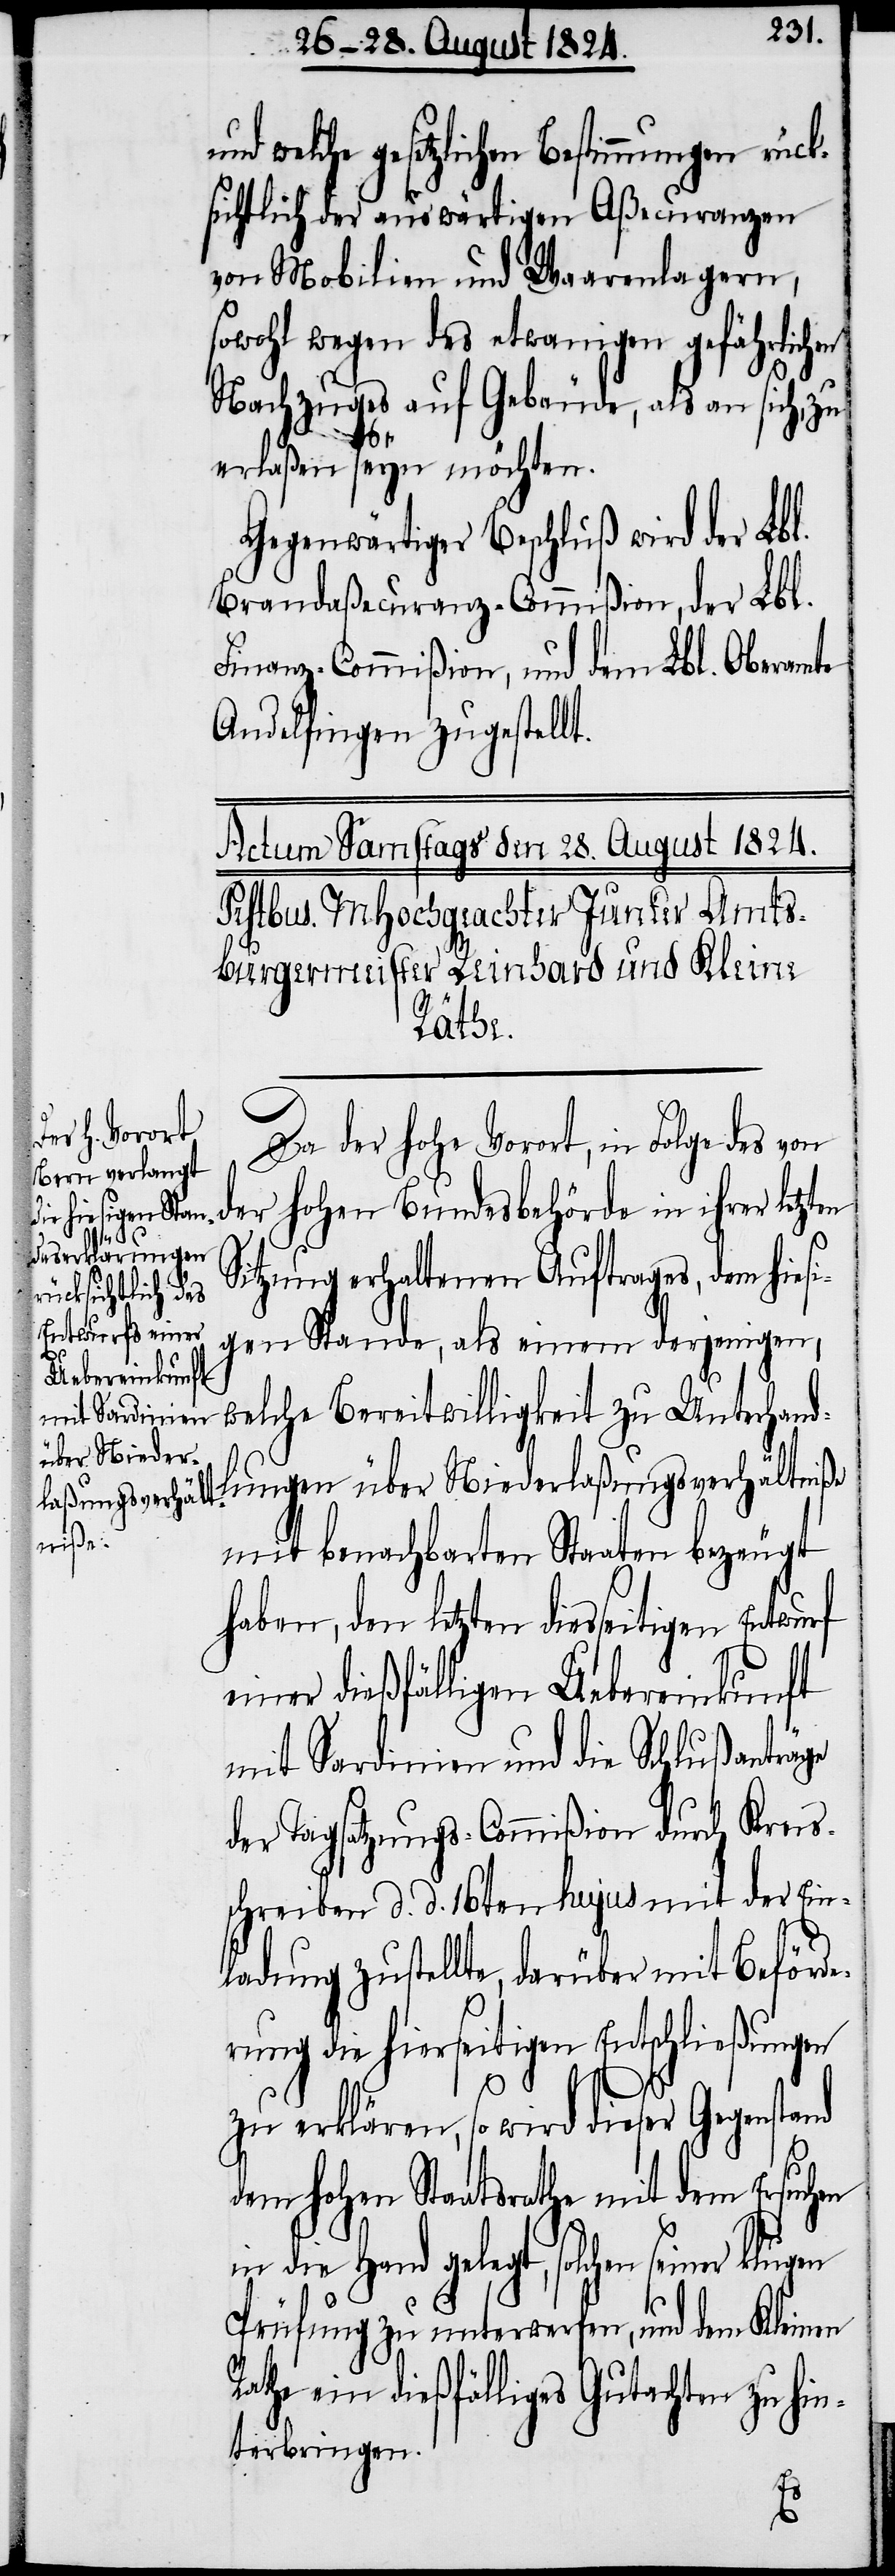
lche gesetzlichen Bestimmungen rück¬
sichtlich der auswärtigen Aßecuranzen
von Mobilien und Waarenlagern,
sowohl wegen des etwanigen gefährlichen
Nachzuges auf Gebäude, als an sich, zu
en
erlaßen seyn möchten.
Gegenwärtiger Beschluß wird der Lbl.
Brandaßecuranz-Commißion, der Lbl.
Finanz-Commißion, und dem Lbl. Oberamte
Andelfingen zugestellt.
Da der Hohe Vorort, in Folge des von
der Hohen Bundesbehörde in ihrer letzt¬
Sitzung erhaltenen Auftrages, dem hies¬
igen Stande, als einem derjenigen,
welche Bereitwilligkeit zu Unterhandl¬
ungen über die Niederlaßungsverhältniße
mit benachbarten Staaten bezeugt
haben, den letzten diesseitigen
einer dießfälligen Uebereinkunft
mit Sardinien und die Schlußanträge
der Tagsatzungs-Commißion durch Kreis¬
schreiben d. d. 16ten hujus mit der Ein¬
ladung zustellte, darüber mit Beförde¬
rung die hierseitigen Entschließungen
zu erklären, so wird dieser
dem Hohen Staatsrathe mit dem Ersuchen
in die Hand gelegt, solchen seiner klugen
Prüfung zu unterwerfen, und dem Kleinen
Rathe ein dießfälliges Gutachten zu hin¬
terbringen.